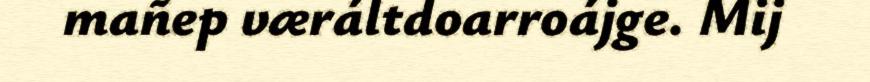
mañep væráltdoarroájge. Mij